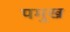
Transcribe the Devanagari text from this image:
पमुख